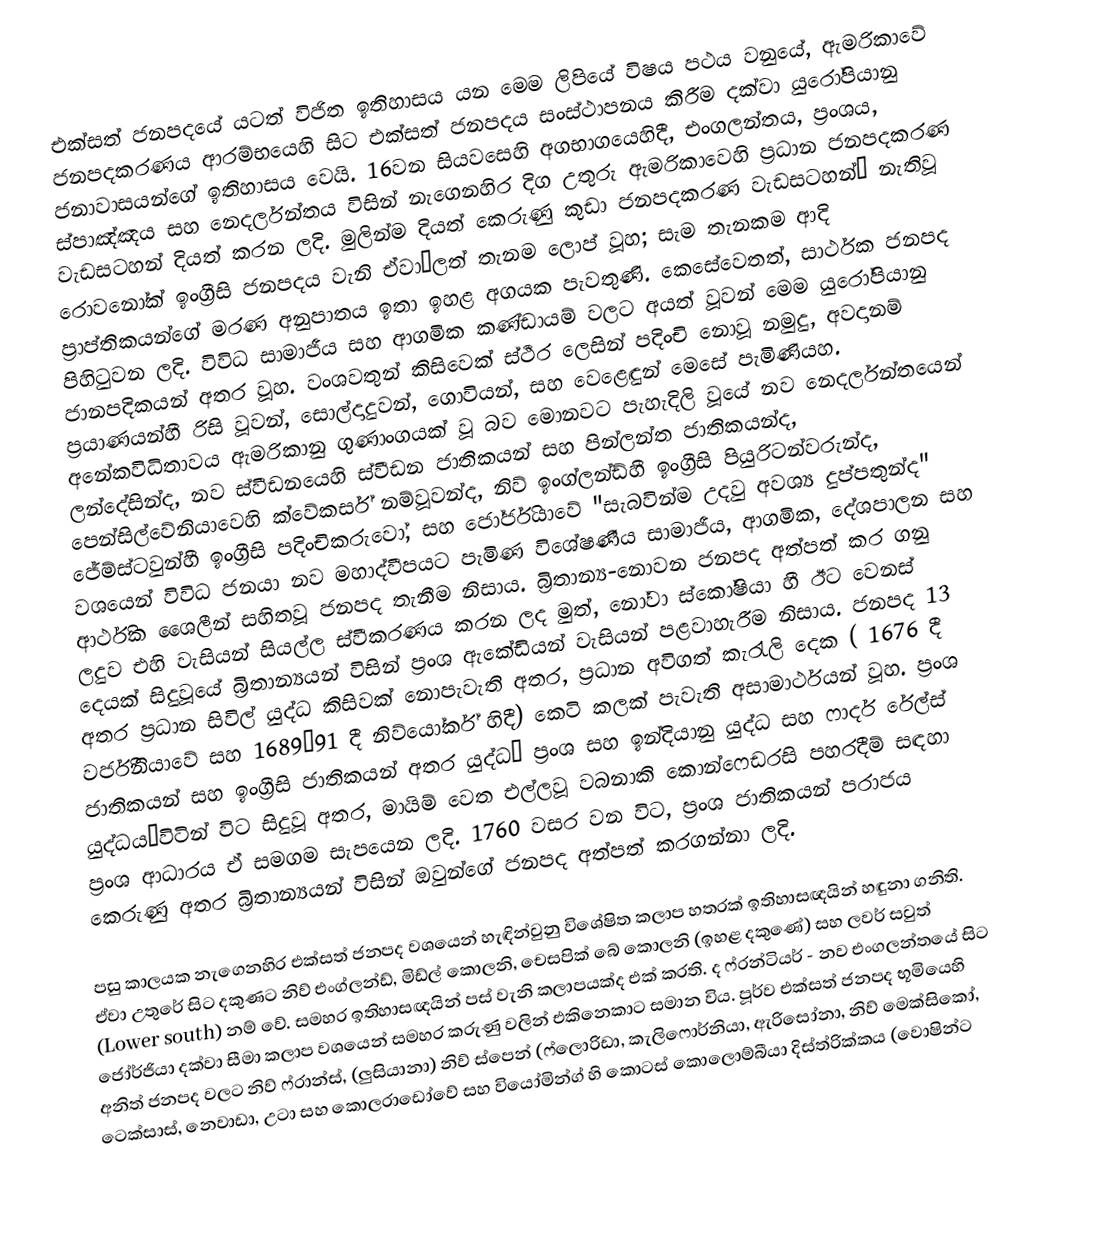
එක්සත් ජනපදයේ යටත් විජිත ඉතිහාසය යන මෙම ලිපියේ විෂය පථය වනුයේ, ඇමරිකාවේ ජනපදකරණය ආරම්භයෙහි සිට එක්සත් ජනපදය සංස්ථාපනය කිරීම දක්වා යුරෝපියානු ජනාවාසයන්ගේ ඉතිහාසය වෙයි. 16වන සියවසෙහි අගභාගයෙහිදී, එංගලන්තය, ප්‍රංශය, ස්පාඤ්ඤය සහ නෙදර්ලන්තය විසින්  නැගෙනහිර දිග උතුරු ඇමරිකාවෙහි ප්‍රධාන ජනපදකරණ වැඩසටහන් දියත් කරන ලදි.  මුලින්ම දියත් කෙරුණු කුඩා ජනපදකරණ වැඩසටහන්— නැතිවූ  රොවනෝක් ඉංග්‍රීසි ජනපදය වැනි ඒවා—ලත් තැනම ලොප් වූහ; සැම තැනකම ආදි ප්‍රාප්තිකයන්ගේ මරණ අනුපාතය ඉතා ඉහළ අගයක පැවතුණි. කෙසේවෙතත්, සාර්ථක ජනපද පිහිටුවන ලදි. විවිධ සාමාජීය සහ ආගමික කණ්ඩායම් වලට අයත් වූවන් මෙම යුරෝපියානු ජානපදිකයන්  අතර වූහ. වංශවතුන් කිසිවෙක් ස්ථීර ලෙසින් පදිංචි නොවූ නමුදු, අවදානම් ප්‍රයාණයන්හී රිසි වූවන්, සොල්දාදුවන්, ගොවියන්, සහ වෙළෙඳුන් මෙසේ පැමිණියහ. අනේකවිධිතාවය ඇමරිකානු ගුණාංගයක් වූ බව මොනවට පැහැදිලි වූයේ නව නෙදර්ලන්තයෙන් ලන්දේසින්ද, නව ස්වීඩනයෙහි ස්වීඩන ජාතිකයන් සහ පින්ලන්ත ජාතිකයන්ද, පෙන්සිල්වේනියාවෙහි ක්වේකර්ස් නම්වූවන්ද, නිව් ඉංග්ලන්ඩ්හී ඉංග්‍රීසි පියුරිටන්වරුන්ද, ජේම්ස්ටවුන්හී ඉංග්‍රීසි පදිංචිකරුවෝ, සහ ජෝර්ජියාවේ "සැබවින්ම උදවු අවශ්‍ය දුප්පතුන්ද" වශයෙන් විවිධ ජනයා නව මහාද්වීපයට පැමිණ  විශේෂණීය සාමාජීය, ආගමික, දේශපාලන සහ ආර්ථික ශෛලීන් සහිතවූ ජනපද තැනීම නිසාය. බ්‍රිතාන්‍ය-නොවන ජනපද අත්පත් කර ගනු ලදුව එහි වැසියන් සියල්ල ස්වීකරණය කරන ලද මුත්,  නෝවා ස්කෝෂියා හී ඊට වෙනස් දෙයක් සිදුවූයේ බ්‍රිතාන්‍යයන් විසින් ප්‍රංශ ඇකේඩියන් වැසියන් පළවාහැරීම නිසාය. ජනපද 13 අතර ප්‍රධාන සිවිල් යුද්ධ කිසිවක් නොපැවැති අතර, ප්‍රධාන අවිගත් කැරැලි දෙක  (  1676 දී වර්ජීනියාවේ සහ   1689–91 දී නිව්යෝර්ක් හිදී) කෙටි කලක් පැවැති  අසාමාර්ථයන් වූහ. ප්‍රංශ ජාතිකයන් සහ ඉංග්‍රීසි ජාතිකයන් අතර යුද්ධ— ප්‍රංශ සහ ඉන්දියානු යුද්ධ සහ ෆාදර් රේල්ස් යුද්ධය—විටින් විට සිදුවූ අතර, මායිම් වෙත එල්ලවූ වබනාකි  කොන්ෆෙඩරසි පහරදීම් සඳහා ප්‍රංශ ආධාරය ඒ සමගම සැපයෙන ලදි. 1760 වසර වන විට, ප්‍රංශ ජාතිකයන් පරාජය කෙරුණු අතර බ්‍රිතාන්‍යයන් විසින් ඔවුන්ගේ ජනපද අත්පත් කරගන්නා ලදි.

පසු කාලයක නැගෙනහිර එක්සත් ජනපද වශයෙන් හැඳින්වුනු විශේෂිත කලාප හතරක් ඉතිහාසඥයින් හඳුනා ගනිති. ඒවා උතුරේ සිට දකුණට නිව් එංග්ලන්ඩ්, මිඩ්ල් කොලනි, චෙසපික් බේ කොලනි (ඉහළ දකුණේ) සහ ලවර් සවුත් (Lower south) නම් වේ. සමහර ඉතිහාසඥයින් පස් වැනි කලාපයක්ද එක් කරති. ද ෆ්රන්ටියර් - නව එංගලන්තයේ සිට ජෝර්ජියා දක්වා සීමා කලාප වශයෙන් සමහර කරුණු වලින් එකිනෙකාට සමාන විය. පූර්ව එක්සත් ජනපද භූමියෙහි අනිත් ජනපද වලට නිව් ෆ්රාන්ස්, (ලුසියානා) නිව් ස්පෙන් (ෆ්ලොරිඩා, කැලිෆොර්නියා, ඇරිසෝනා, නිව් මෙක්සිකෝ, ටෙක්සාස්, නෙවාඩා, උටා සහ කොලරාඩෝවේ සහ වියෝමින්ග් හි කොටස් කොලොම්බීයා දිස්ත්රික්කය (වොෂින්ට